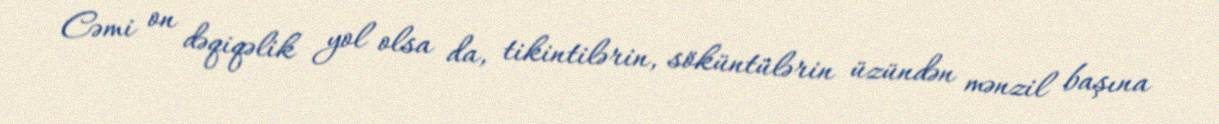
Cəmi on dəqiqəlik yol olsa da, tikintilərin, söküntülərin üzündən mənzil başına